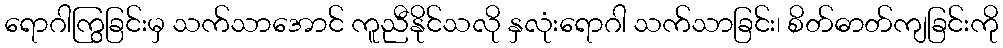
ရောဂါကြွခြင်းမှ သက်သာအောင် ကူညီနိုင်သလို နှလုံးရောဂါ သက်သာခြင်း၊ စိတ်ဓာတ်ကျခြင်းကို